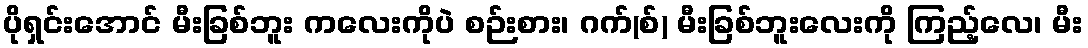
ပိုရှင်းအောင် မီးခြစ်ဘူး ကလေးကိုပဲ စဉ်းစား၊ ဂက်(စ်) မီးခြစ်ဘူးလေးကို ကြည့်လေ၊ မီး